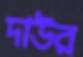
দাউর